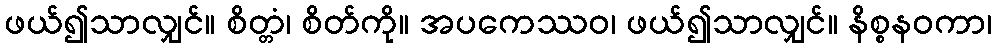
ဖယ်၍သာလျှင်။ စိတ္တံ၊ စိတ်ကို။ အပကေဿဝ၊ ဖယ်၍သာလျှင်။ နိစ္စနဝကာ၊